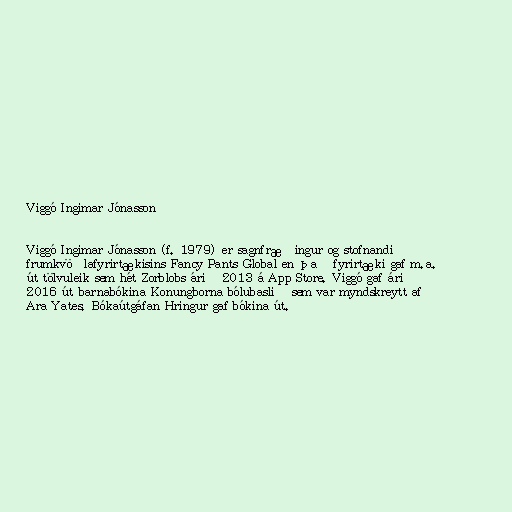
Viggó Ingimar Jónasson

Viggó Ingimar Jónasson (f. 1979) er sagnfræðingur og stofnandi
frumkvöðlafyrirtækisins Fancy Pants Global en það fyrirtæki gaf m.a.
út tölvuleik sem hét Zorblobs árið 2013 á App Store. Viggó gaf árið
2016 út barnabókina Konungborna bólubaslið sem var myndskreytt af
Ara Yates. Bókaútgáfan Hringur gaf bókina út.